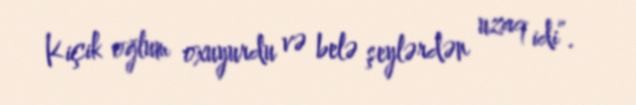
Kiçik oğlum oxuyurdu və belə şeylərdən uzaq idi”.